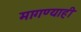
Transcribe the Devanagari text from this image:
मागण्याही